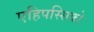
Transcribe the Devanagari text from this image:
एहिपस्सिको